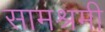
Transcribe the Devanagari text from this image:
सामश्रमी